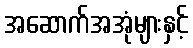
အဆောက်အအုံများနှင့်